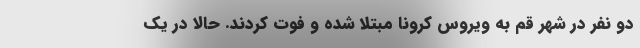
دو نفر در شهر قم به ویروس کرونا مبتلا شده و فوت کردند. حالا در یک